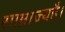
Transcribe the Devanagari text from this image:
साम्राज्यहै।